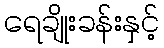
ရေချိုးခန်းနှင့်